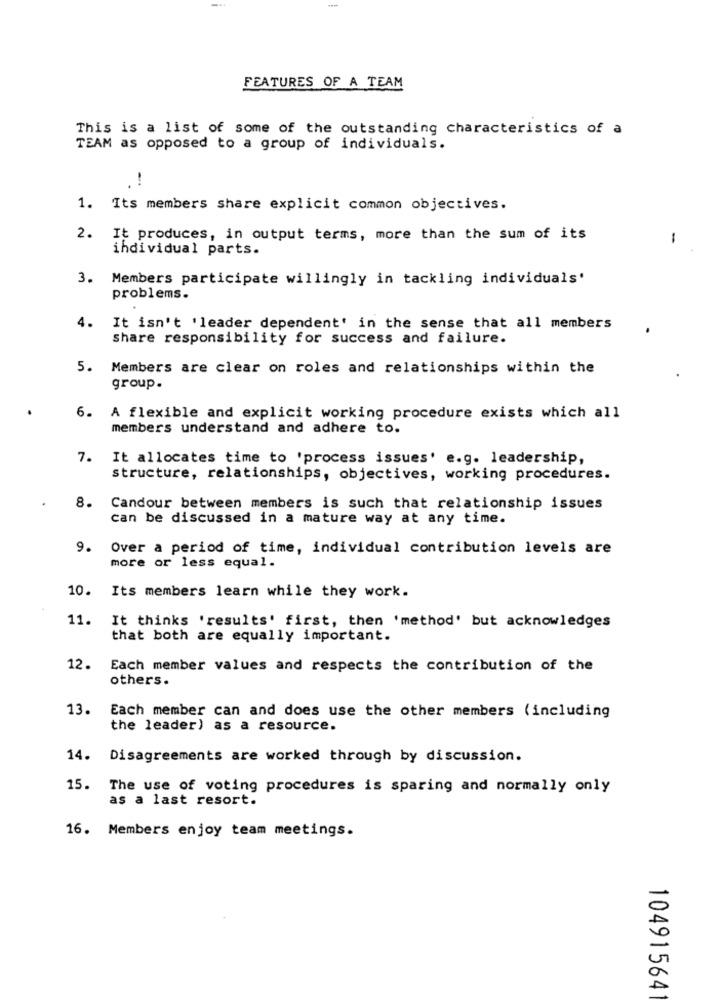
-
FEATURES OF A TEAM
This is a list of some of the outstanding characteristics of a
TEAM as opposed to a group of individuals.
1.
Its members share explicit common objectives.
2.
It produces, in output terms, more than the sum of its
1
individual parts.
3. Members participate willingly in tackling individuals'
problems.
4.
It isn't 'leader dependent' in the sense that all members
share responsibility for success and failure.
5.
Members are clear on roles and relationships within the
group.
6.
A flexible and explicit working procedure exists which all
members understand and adhere to.
7.
It allocates time to 'process issues' e.g. leadership,
structure, relationships, objectives, working procedures.
8.
Candour between members is such that relationship issues
can be discussed in a mature way at any time.
9.
Over a period of time, individual contribution levels are
more or less equal.
10. Its members learn while they work.
11.
It thinks 'results' first, then 'method' but acknowledges
that both are equally important.
12.
Each member values and respects the contribution of the
others.
13.
Each member can and does use the other members (including
the leader) as a resource.
14. Disagreements are worked through by discussion.
15.
The use of voting procedures is sparing and normally only
as a last resort.
16. Members enjoy team meetings.
10491564